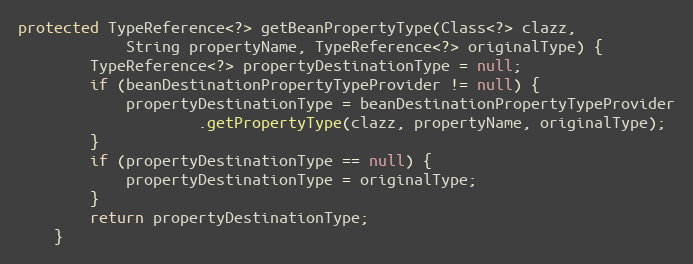
Language: Java
protected TypeReference<?> getBeanPropertyType(Class<?> clazz,
			String propertyName, TypeReference<?> originalType) {
		TypeReference<?> propertyDestinationType = null;
		if (beanDestinationPropertyTypeProvider != null) {
			propertyDestinationType = beanDestinationPropertyTypeProvider
					.getPropertyType(clazz, propertyName, originalType);
		}
		if (propertyDestinationType == null) {
			propertyDestinationType = originalType;
		}
		return propertyDestinationType;
	}